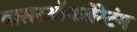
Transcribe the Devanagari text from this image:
वासरऑफबेरेटंग